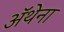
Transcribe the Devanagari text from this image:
ॲथेना